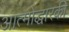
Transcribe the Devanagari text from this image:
आत्मोद्धारकी